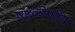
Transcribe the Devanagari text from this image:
षष्ट्कोणीय